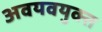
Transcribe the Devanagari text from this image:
अवयवयुक्त